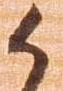
候